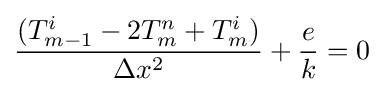
{\frac {(T_{m-1}^{i}-2T_{m}^{n}+T_{m}^{i})}{\Delta {x}^{2}}}+{\frac {e}{k}}=0